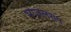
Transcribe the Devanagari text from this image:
भोजलराम